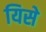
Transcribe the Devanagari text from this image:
यिसे